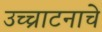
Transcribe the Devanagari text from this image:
उच्चाटनाचे